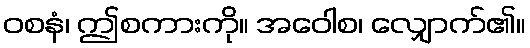
ဝစနံ၊ ဤစကားကို။ အဝေါစ၊ လျှောက်၏။